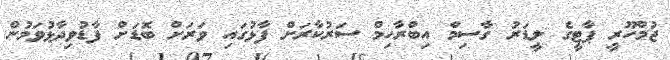
ޖުމްހޫރީ ޕާޓީގެ ލީޑަރު ގާސިމް އިބްރާހިމް ސަރުކާރަށް ފާޅުގައި ވަރަށް ބޮޑަށް ފާޑުވިދާޅުވަމުން